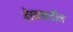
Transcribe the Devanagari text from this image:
डेखाकडील